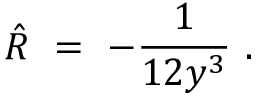
\hat { R } \ = \ - \frac { 1 } { 1 2 y ^ { 3 } } ~ .